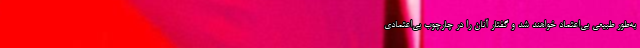
به‌طور طبیعی بی‌اعتماد خواهند شد و گفتار آنان را در چارچوب بی‌اعتمادی